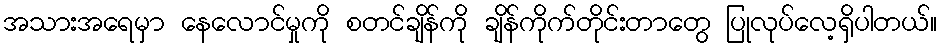
အသားအရေမှာ နေလောင်မှုကို စတင်ချိန်ကို ချိန်ကိုက်တိုင်းတာတွေ ပြုလုပ်လေ့ရှိပါတယ်။